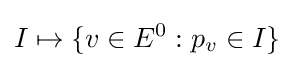
I\mapsto \{v\in E^{0}:p_{v}\in I\}